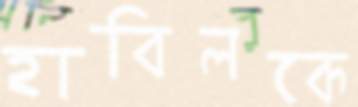
হাবিলকে